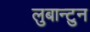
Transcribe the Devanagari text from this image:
लुबान्टुन